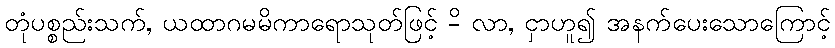
တုံပစ္စည်းသက်, ယထာဂမမိကာရောသုတ်ဖြင့် -ိ လာ, ငှာဟူ၍ အနက်ပေးသောကြောင့်